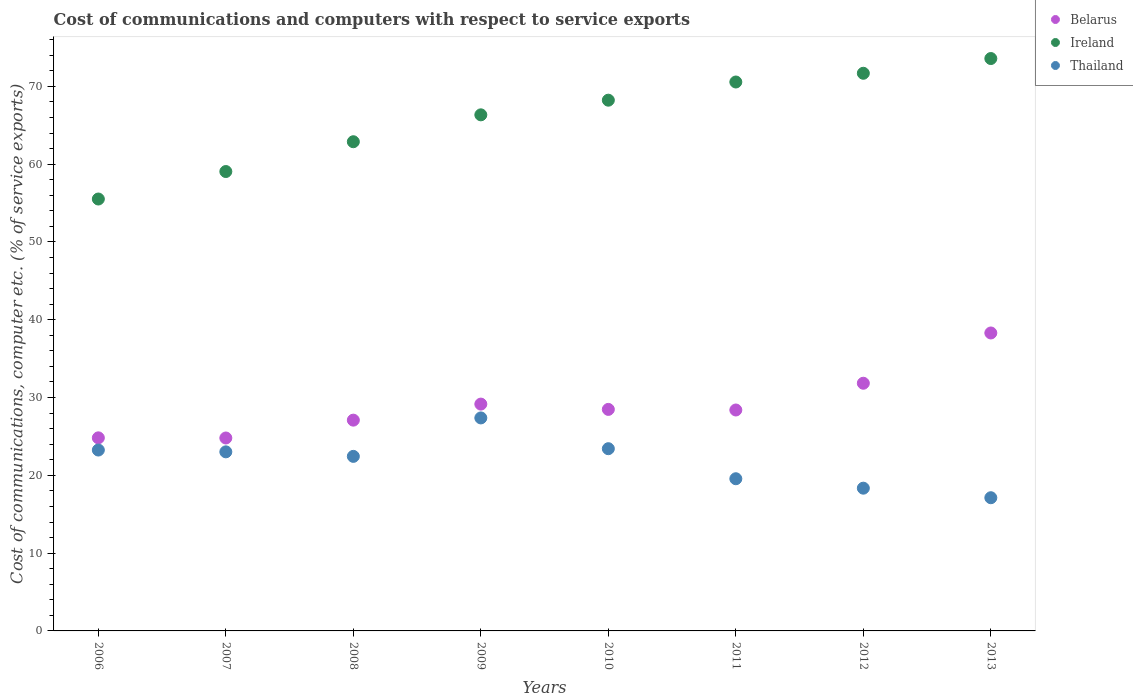
| Years | Belarus | Ireland | Thailand |
 | --- | --- | --- | --- |
 | 2006 | 24.8 | 55.5 | 23.2 |
 | 2007 | 24.8 | 59 | 23 |
 | 2008 | 27.1 | 62.9 | 22.4 |
 | 2009 | 29.2 | 66.3 | 27.4 |
 | 2010 | 28.5 | 68.2 | 23.4 |
 | 2011 | 28.4 | 70.6 | 19.6 |
 | 2012 | 31.8 | 71.7 | 18.3 |
 | 2013 | 38.3 | 73.6 | 17.1 |